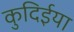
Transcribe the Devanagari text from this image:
कुदिईया